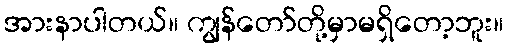
အားနာပါတယ်။ ကျွန်တော်တို့မှာမရှိတော့ဘူး။